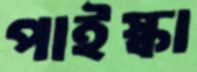
পাইস্কা